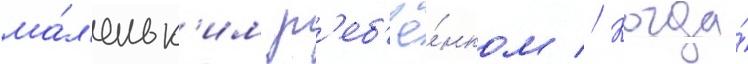
ма́л'еньк'им р'еб'ё́нком // Когда́